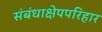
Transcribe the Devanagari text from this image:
संबंधाक्षेपपरिहार